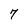
Character: 7